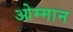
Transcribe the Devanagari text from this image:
ओम्मान